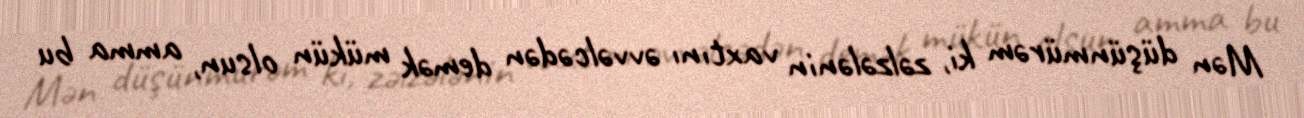
Mən düşünmürəm ki, zəlzələnin vaxtını əvvəlcədən demək mükün olsun, amma bu